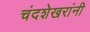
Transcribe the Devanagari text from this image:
चंदशेखरांनी